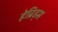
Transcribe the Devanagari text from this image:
हेब्रिड्स